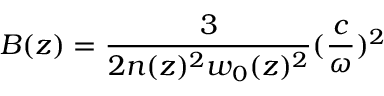
B ( z ) = \frac { 3 } { 2 n ( z ) ^ { 2 } w _ { 0 } ( z ) ^ { 2 } } ( \frac { c } { \omega } ) ^ { 2 }